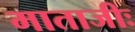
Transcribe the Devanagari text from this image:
माताजीः